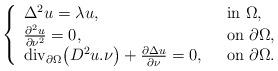
LaTeX: \begin{align*}\left\{\begin{array}{ll}\Delta^2 u = \lambda u,\ \ & {\rm in}\ \Omega,\\\frac{\partial^2 u}{\partial \nu^2 }=0 ,\ \ & {\rm on}\ \partial \Omega,\\{\rm div_{\partial\Omega}}\big(D^2u.\nu\big)+\frac{\partial\Delta u}{\partial\nu}=0 ,\ \ & {\rm on}\ \partial \Omega.\end{array}\right.\end{align*}